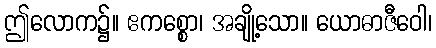
ဤလောက၌။ ဧကစ္စော၊ အချို့သော။ ယောဓာဇီဝေါ၊